Report of the Indian Hemp Drugs Commission, 1894-1895 - Volume I
Year: 1894
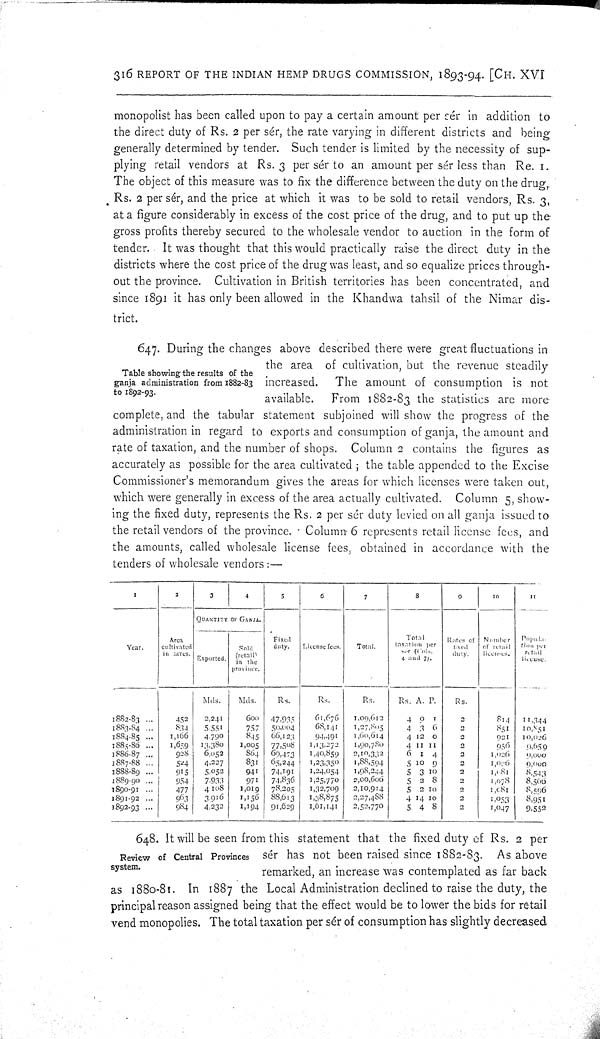
316 REPORT OF THE INDIAN HEMP DRUGS COMMISSION, 1893-94. [CH. XVI
monopolist has been called upon to pay a certain amount per sér in addition to
the direct duty of Rs. 2 per sér, the rate varying in different districts and being
generally determined by tender. Such tender is limited by the necessity of sup-
plying retail vendors at Rs. 3 per sér to an amount per sér less than Re. 1.
The object of this measure was to fix the difference between the duty on the drug,
Rs. 2 per sér, and the price at which it was to be sold to retail vendors, Rs. 3,
at a figure considerably in excess of the cost price of the drug, and to put up the
gross profits thereby secured to the wholesale vendor to auction in the form of
tender. It was thought that this would practically raise the direct duty in the
districts where the cost price of the drug was least, and so equalize prices through-
out the province. Cultivation in British territories has been concentrated, and
since 1891 it has only been allowed in the Khandwa tahsil of the Nimar dis-
trict.
Table showing the results of the
ganja administration from 1882-83
to 1892-93.
647. During the changes above described there were great fluctuations in
the area of cultivation, but the revenue steadily
increased.
The amount of consumption is not
available.
From 1882-83 the statistics are more
complete, and the tabular statement subjoined will show the progress of the
administration in regard to exports and consumption of ganja, the amount and
rate of taxation, and the number of shops. Column 2 contains the figures as
accurately as possible for the area cultivated; the table appended to the Excise
Commissioner's memorandum gives the areas for which licenses were taken out,
which were generally in excess of the area actually cultivated. Column 5, show-
ing the fixed duty, represents the Rs. 2 per sér duty levied on all ganja issued to
the retail vendors of the province. Column 6 represents retail license fees, and
the amounts, called wholesale license fees, obtained in accordance with the
tenders of wholesale vendors:—
1
2
3
4
5
6
7
8
9
10
11
QUANTITY OF GANJA.
Year.
Area
cultivated
in acres. Exported.
Sold
(retail)
in the
province.
Fixed
duty.
License fees.
Total.
Total
taxation per
ser (Cols.
4 and 7).
Rates of
fixed
duty.
Number
of retail
licenses.
Popula-
tion per
retail
license.
Mds.
Mds.
Rs.
Rs.
Rs.
Rs. A. P.
Rs.
1882-83
452
2,241
600
47,935
61,676
1,09,612
4 0
1
2
814
11,344
1883-84
834
5,551
757 50,064
68,141
1,27,805
4 3 6
2
851
10,851
1884-85
1,166
4,790
845
66,123
94,491
1,60,614
4 12 0
2
921
10,026
1885-86
1,659
13,380
1,005
77,508
1,13,272
1,90,780
4 11 11
2
956
9,659
1886-87
928
6,052
864
69,473
1,40,859
2,10,332
6
1 4
2
1,026
9,000
1887-88
524
4,227
831
65,244
1,23,350
1,88,594
5 10 9
2
1,026
9,000
1888-89
915
5,052
941
74,191
1,24,054
1,98,244
5 3 10
2
1,081
8,543
1889-90
954
7,933
971
74,836
1,25,770
2,00,606
5 2 8
2
1,078
8,566
1890-91
477
4,108
1,019
78,205 1,32,709
2,10,914
5 2 10
2
1,081 8,596
1891-92
963
3,916
1,156
88,613
1,38,875
2,27,488
4 14 10
2
1,053
8,951
1892-93
984
4,232
1,194
91,629
1,61,141
2,52,770
5 4 8
2
1,047
9,552
Review of Central Provinces
system.
648. It will be seen from this statement that the fixed duty of Rs. 2 per
sér has not been raised since 1882-83. As above
remarked, an increase was contemplated as far back
as 1880-81. In 1887 the Local Administration declined to raise the duty, the
principal reason assigned being that the effect would be to lower the bids for retail
vend monopolies. The total taxation per sér of consumption has slightly decreased